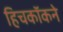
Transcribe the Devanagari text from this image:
हिचकॉकने